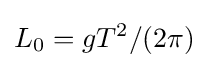
L_{0}=gT^{2}/(2\pi )